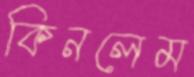
কিনলেম